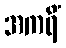
အကရိံ